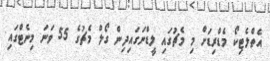
އެތްލެޓިކޯ މެޑްރިޑަށް މި މެޗުގައި ލީޑްނަގައިދިން ގޯލް މެޗުގެ 55 ވަނަ މިނެޓްގައި